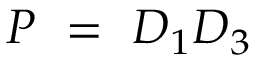
P ~ = ~ D _ { 1 } D _ { 3 }